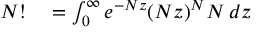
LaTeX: \begin{array} { r l } { N ! } & { { } = \int _ { 0 } ^ { \infty } e ^ { - N z } ( N z ) ^ { N } N \, d z } \end{array}